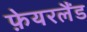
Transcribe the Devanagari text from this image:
फ़ेयरलैंड